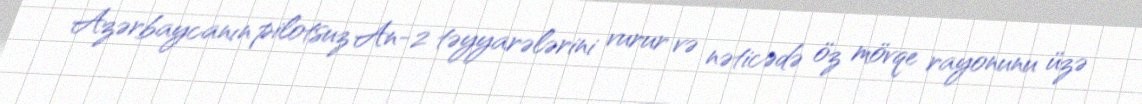
Azərbaycanın pilotsuz An-2 təyyarələrini vurur və nəticədə öz mövqe rayonunu üzə